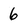
Character: 6